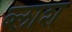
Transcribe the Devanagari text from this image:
ब्लाश